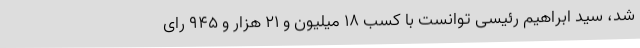
شد، سید ابراهیم رئیسی توانست با کسب ۱۸ میلیون و ۲۱ هزار و ۹۴۵ رای